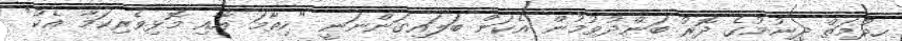
ހިދުމަތް ދިނުމުގެ ދޮރު ބަންދުވުމުން އެކަން ބަލައިގަންނަނީ "ހިތާމަ އާއި މޮޅިވެރިކަމާ އެކު"